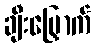
ချီးမြှောက်